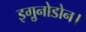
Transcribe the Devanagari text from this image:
इगु़नोडोन।